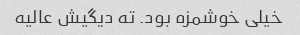
خیلی خوشمزه بود. ته دیگیش عالیه